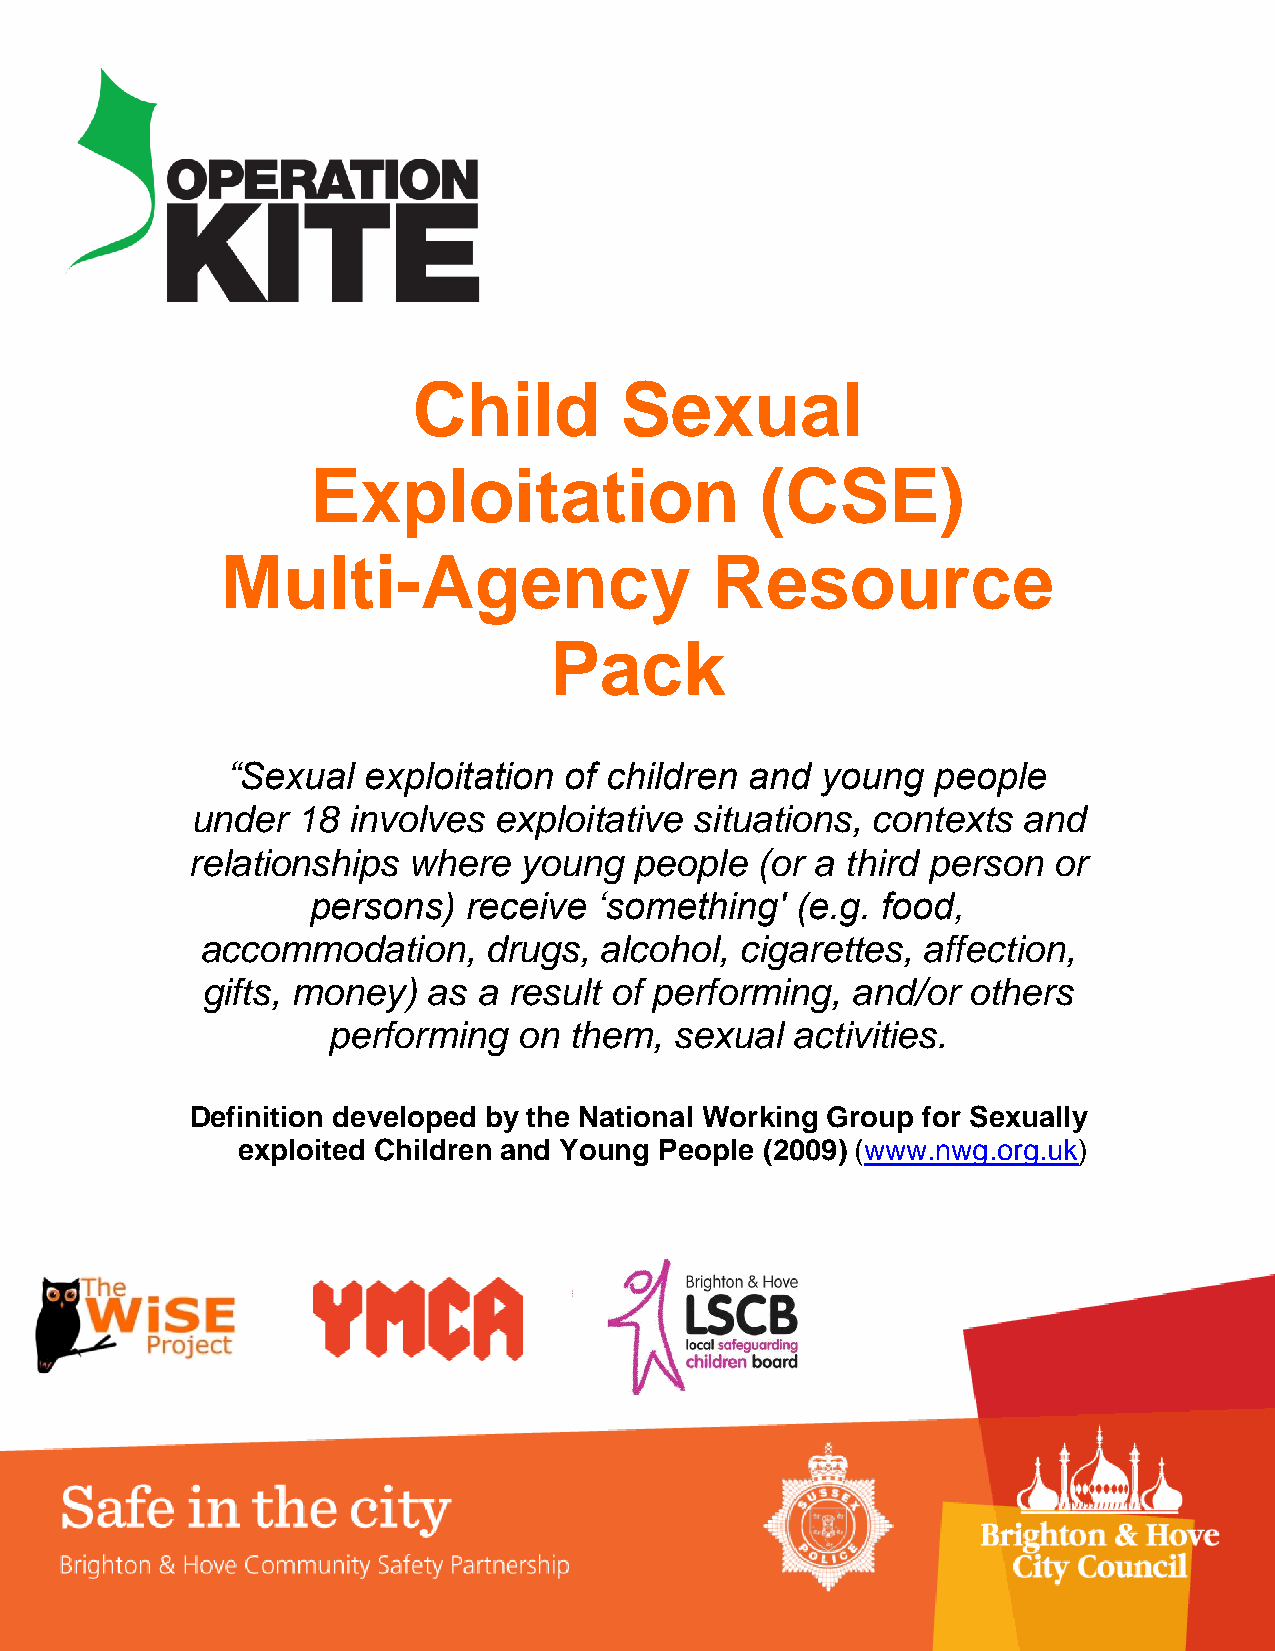
Child         Sexual
 Exploitation                 (CSE)
 Multi-Agency                    Resource
 Pack
 “Sexual  exploitation of children  and young   people
 under  18 involves  exploitative situations, contexts  and
 relationships  where   young  people  (or a third person  or
 persons)  receive  ‘something'  (e.g. food,
 accommodation,     drugs,  alcohol, cigarettes, affection,
 gifts, money)  as  a result of performing, and/or  others
 performing  on  them,  sexual activities.
 Definition developed by the National Working Group for Sexually
 exploited Children and Young People (2009) (www.nwg.org.uk)